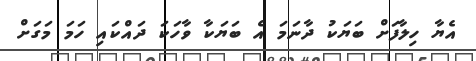
އެޔާ ހިލާފަށް ބަޔަކު ދާނަމަ އެ ބަޔަކާ ވާހަކަ ދައްކައި ހަމަ މަގަށް